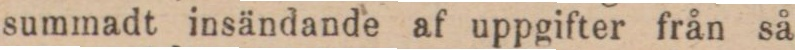
summadt insändande af uppgifter från så